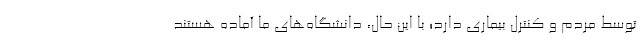
توسط مردم و کنترل بیماری دارد؛ با این حال، دانشگاه‌های ما آماده هستند